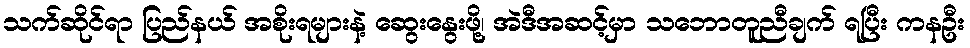
သက်ဆိုင်ရာ ပြည်နယ် အစိုးရများနဲ့ ဆွေးနွေးဖို့၊ အဲဒီအဆင့်မှာ သဘောတူညီချက် ရပြီး ကနဦး